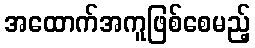
အထောက်အကူဖြစ်စေမည့်